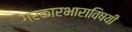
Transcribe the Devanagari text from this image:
गरकारभाराविषयी